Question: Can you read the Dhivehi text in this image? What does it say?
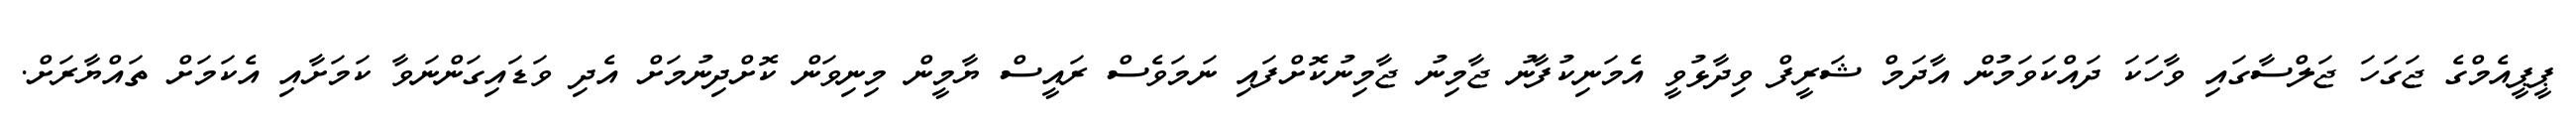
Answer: ޕީޕީއެމްގެ ޖަގަހަ ޖަލްސާގައި ވާހަކަ ދައްކަވަމުން އާދަމް ޝަރީފް ވިދާޅުވީ އެމަނިކުފާނު ޖާމިނު ޖާމިނުކޮށްފައި ނަމަވެސް ރައީސް ޔާމީން މިނިވަން ކޮށްދިނުމަށް އެދި ވަޑައިގަންނަވާ ކަމަށާއި އެކަމަށް ތައްޔާރަށް.